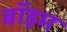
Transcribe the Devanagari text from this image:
बॉइम